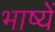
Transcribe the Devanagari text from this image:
भाष्यें